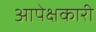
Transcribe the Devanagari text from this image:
आपेक्षकारी